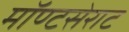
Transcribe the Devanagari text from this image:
मॉण्टसेराट